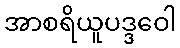
အာစရိယူပဒ္ဒဝေါ